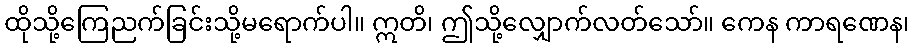
ထိုသို့ကြေညက်ခြင်းသို့မရောက်ပါ။ ဣတိ၊ ဤသို့လျှောက်လတ်သော်။ ကေန ကာရဏေန၊